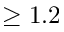
\geq 1 . 2